Document type: Grant
Year: 1403
Scribe: Berenguer Pedrosell
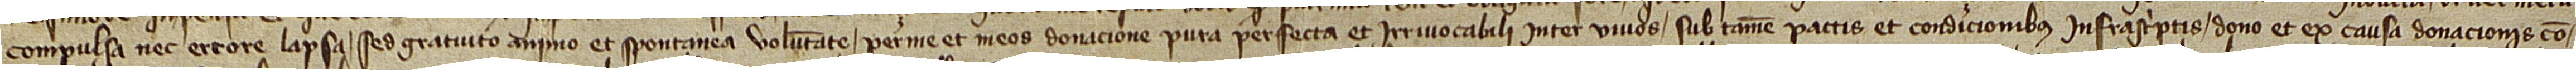
compulsa nec errore lapsa, sed gratuito animo et spontanea voluntate, per me et meos donacione pura, perfecta et irrevocabili inter vivos, sub tamen pactis et condicionibus infrascriptis dono et ex causa donacionis con-